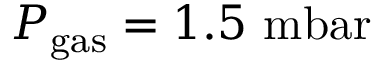
P _ { \mathrm { g a s } } = 1 . 5 ~ \mathrm { m b a r }